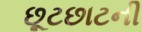
છૂટછાટની